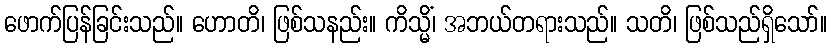
ဖောက်ပြန်ခြင်းသည်။ ဟောတိ၊ ဖြစ်သနည်း။ ကိသ္မိံ၊ အဘယ်တရားသည်။ သတိ၊ ဖြစ်သည်ရှိသော်။